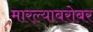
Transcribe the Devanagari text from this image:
मारल्याबरोबर